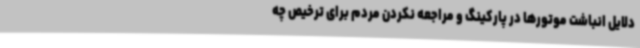
دلایل انباشت موتورها در پارکینگ و مراجعه نکردن مردم برای ترخیص چه